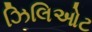
ઝિલિઓટ